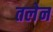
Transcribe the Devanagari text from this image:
तलेन